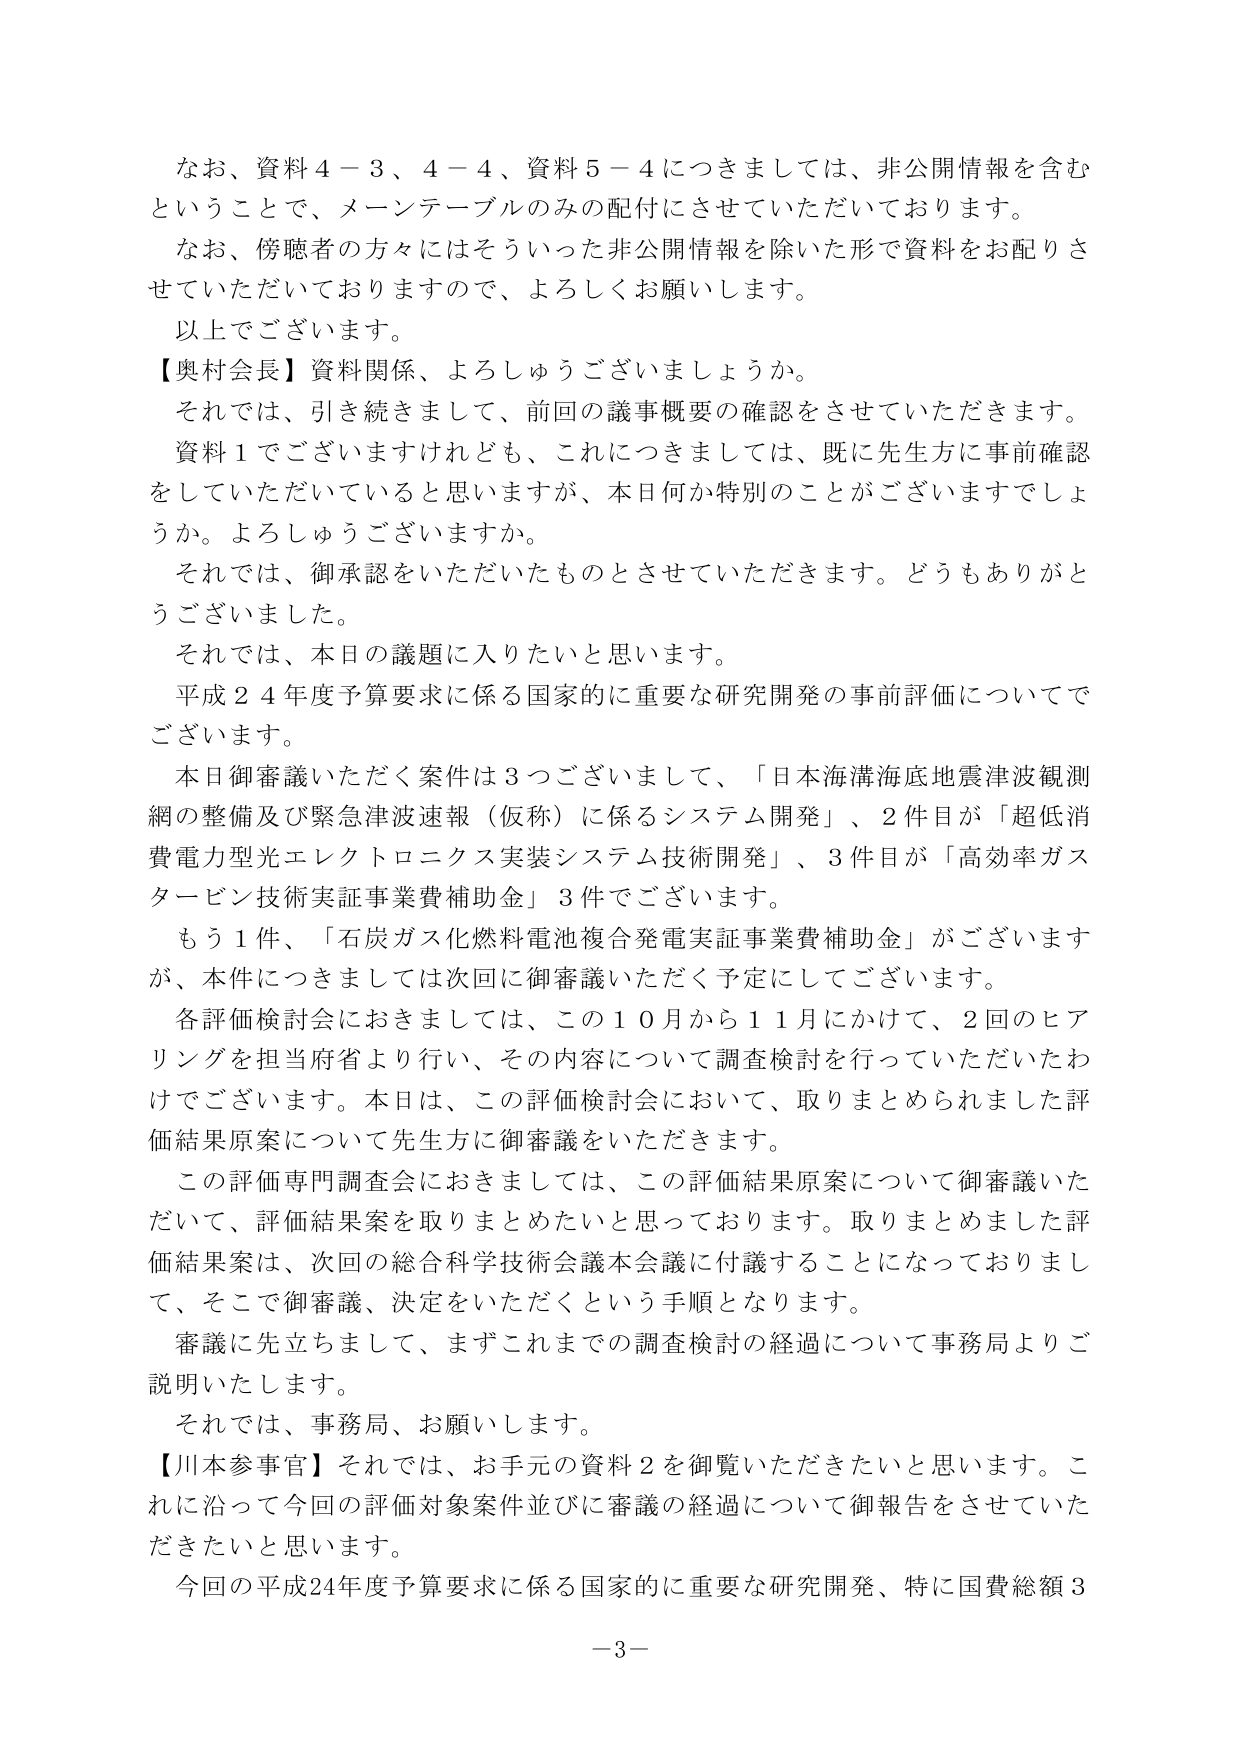
なお、資料４－３、４－４、資料５－４につきましては、非公開情報を含むということで、メーンテーブルのみの配付にさせていただいております。
なお、傍聴者の方々にはそういった非公開情報を除いた形で資料をお配りさせていただいておりますので、よろしくお願いします。
以上でございます。
【奥村会長】資料関係、よろしゅうございましょうか。
それでは、引き続きまして、前回の議事概要の確認をさせていただきます。
資料１でございますけれども、これにつきましては、既に先生方に事前確認をしていただいていると思いますが、本日何か特別のことがございますでしょうか。よろしゅうございますか。
それでは、御承認をいただいたものとさせていただきます。どうもありがとうございました。
それでは、本日の議題に入りたいと思います。
平成２４年度予算要求に係る国家的に重要な研究開発の事前評価についてでございます。
本日御審議いただく案件は３つございまして、「日本海溝海底地震津波観測網の整備及び緊急津波速報（仮称）に係るシステム開発」、２件目が「超低消費電力型光エレクトロニクス実装システム技術開発」、３件目が「高効率ガスタービン技術実証事業費補助金」３件でございます。
もう１件、「石炭ガス化燃料電池複合発電実証事業費補助金」がございますが、本件につきましては次回に御審議いただく予定にしてございます。
各評価検討会におきましては、この１０月から１１月にかけて、２回のヒアリングを担当府省より行い、その内容について調査検討を行っていただいたわけでございます。本日は、この評価検討会において、取りまとめられた評価結果原案について先生方に御審議をいただきます。
この評価専門調査会におきましては、この評価結果原案について御審議いただいて、評価結果案を取りまとめたいと思っております。取りまとめました評価結果案は、次回の総合科学技術会議本会議に付議することになっておりまして、そこで御審議、決定をいただくという手順となります。
審議に先立ちまして、まずこれまでの調査検討の経過について事務局よりご説明いたします。
それでは、事務局、お願いします。
【川本参事官】それでは、お手元の資料２を御覧いただきたいと思います。これに沿って今回の評価対象案件並びに審議の経過について御報告をさせていただきたいと思います。
今回の平成24年度予算要求に係る国家的に重要な研究開発、特に国費総額３
－３－